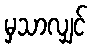
မှသာလျှင်